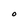
Character: O